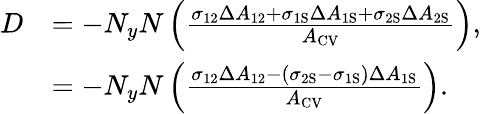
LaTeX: \begin{array}{rl}{D}&{=-N_{y}N\left(\frac{\sigma_{12}\Delta A_{12}+\sigma_{\mathrm{{1S}}}\Delta A_{\mathrm{1S}}+\sigma_{\mathrm{{2S}}}\Delta A_{\mathrm{2S}}}{A_{\mathrm{{CV}}}}\right),}\\ &{=-N_{y}N\left(\frac{\sigma_{12}\Delta A_{12}-(\sigma_{\mathrm{2S}}-\sigma_{\mathrm{{1S}}})\Delta A_{\mathrm{1S}}}{A_{\mathrm{{CV}}}}\right).}\end{array}